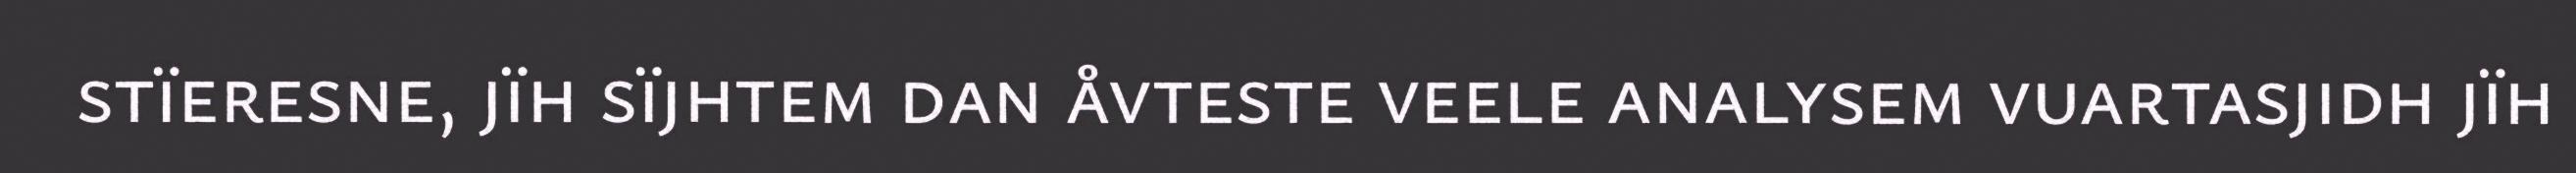
stïeresne, jïh sïjhtem dan åvteste veele analysem vuartasjidh jïh